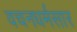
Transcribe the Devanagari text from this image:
वचनधर्मसार